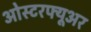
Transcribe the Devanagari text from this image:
ओस्टरफ्यूअर